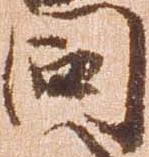
同